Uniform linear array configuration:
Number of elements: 16
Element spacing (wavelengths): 0.25
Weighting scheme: kaiser
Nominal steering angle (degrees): -30
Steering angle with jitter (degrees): -28.304
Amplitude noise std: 0.05
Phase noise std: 0.05

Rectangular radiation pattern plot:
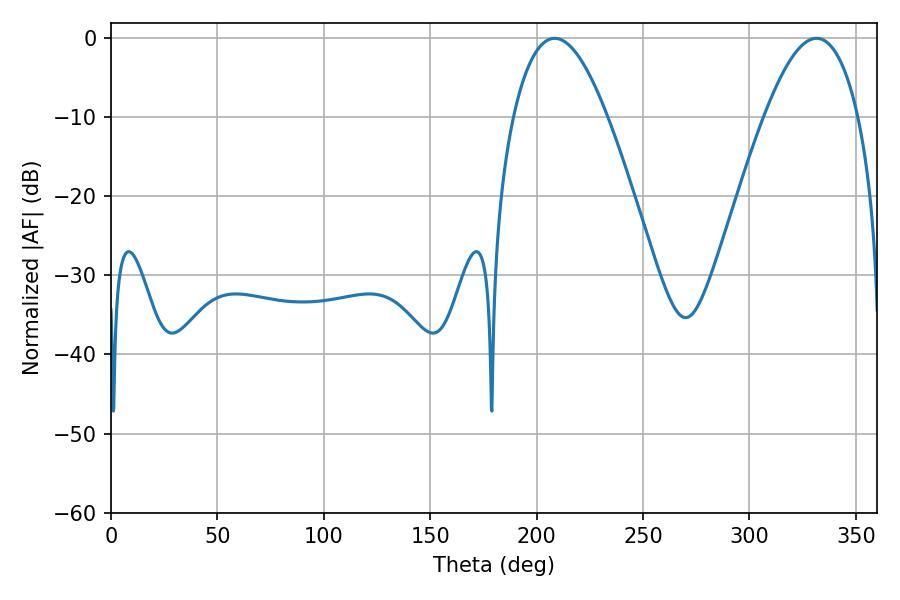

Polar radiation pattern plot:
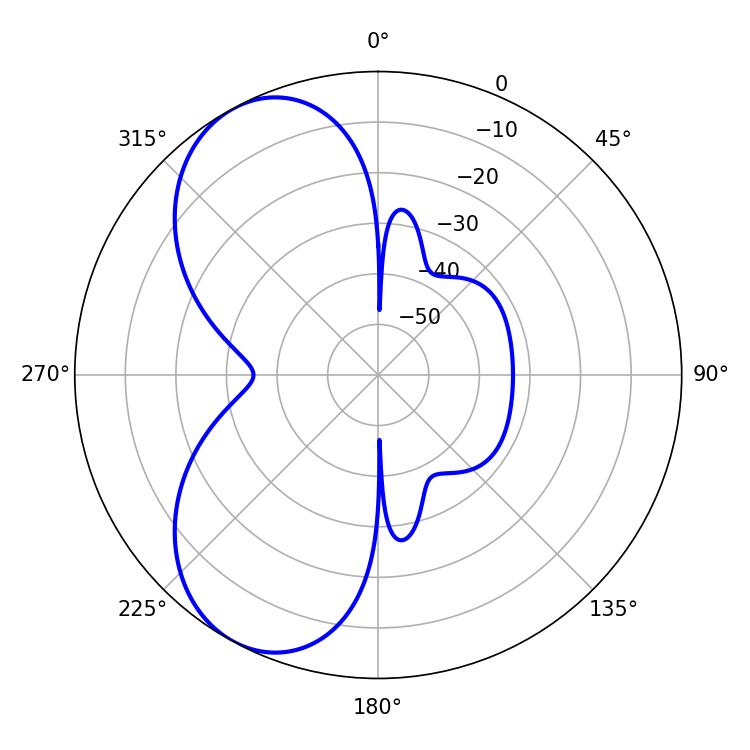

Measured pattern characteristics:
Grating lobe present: FALSE
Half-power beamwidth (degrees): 24.3
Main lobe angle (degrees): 208.44